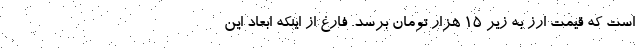
است که قیمت ارز به زیر ۱۵ هزار تومان برسد. فارغ از اینکه ابعاد این